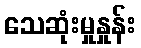
သေဆုံးမှုနှုန်း